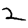
Digit: 2